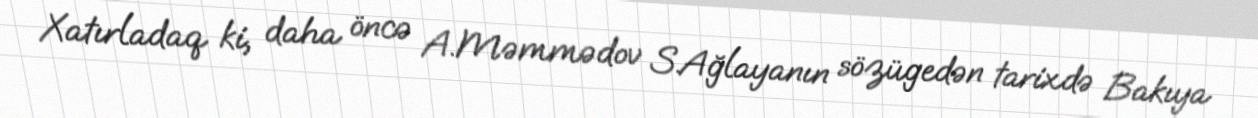
Xatırladaq ki, daha öncə A.Məmmədov S.Ağlayanın sözügedən tarixdə Bakıya